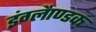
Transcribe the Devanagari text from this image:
इंग्लैाण्डक